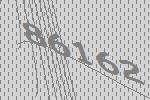
86162